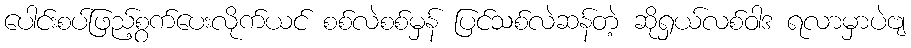
ပေါင်းစပ်ဖြည့်စွက်ပေးလိုက်ယင် စစ်လဲစစ်မှန် ပြင်သစ်လဲဆန်တဲ့ ဆိုရှယ်လစ်ဝါဒ ရလာမှာပဲဗျ